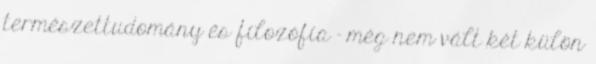
természettudomány és filozófia – még nem vált két külön